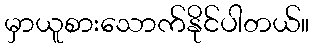
မှာယူစားသောက်နိုင်ပါတယ်။